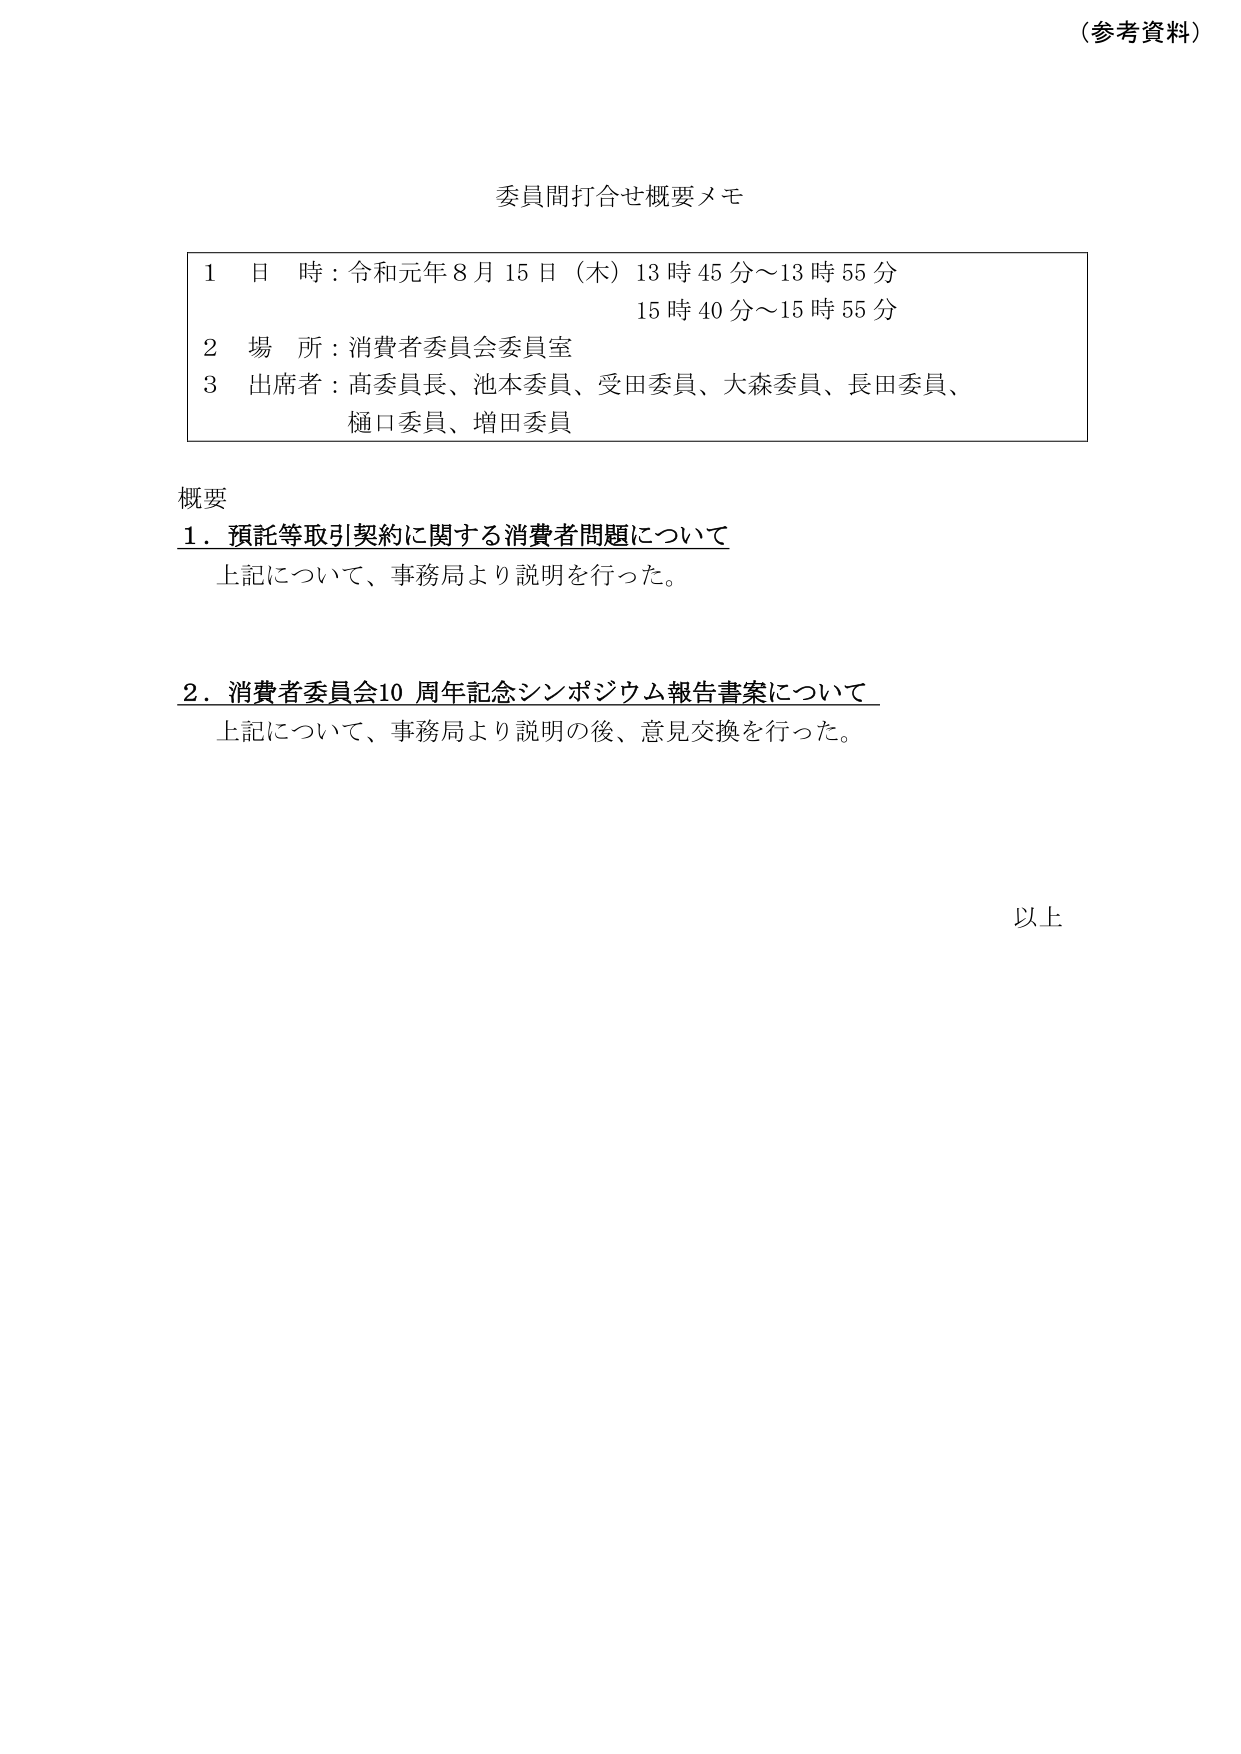
（参考資料）

委員間打合せ概要メモ

1 日 時：令和元年8月15日（木）13時45分～13時55分
　　　　　　　　　　　　　　　15時40分～15時55分
2 場 所：消費者委員会委員室
3 出席者：高委員長、池本委員、受田委員、大森委員、長田委員、
　　　　　樋口委員、増田委員

概要
1．預託等取引契約に関する消費者問題について
　上記について、事務局より説明を行った。

2．消費者委員会10周年記念シンポジウム報告書案について
　上記について、事務局より説明の後、意見交換を行った。

以上